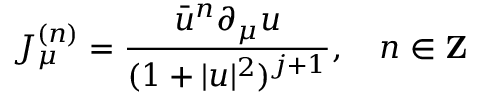
J _ { \mu } ^ { ( n ) } = \frac { \bar { u } ^ { n } \partial _ { \mu } u } { ( 1 + | u | ^ { 2 } ) ^ { j + 1 } } , \quad n \in \mathbf { Z }